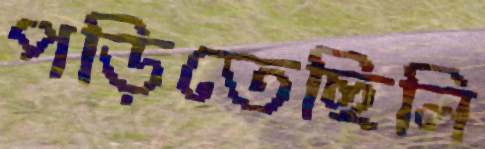
পড়িতেছিলি